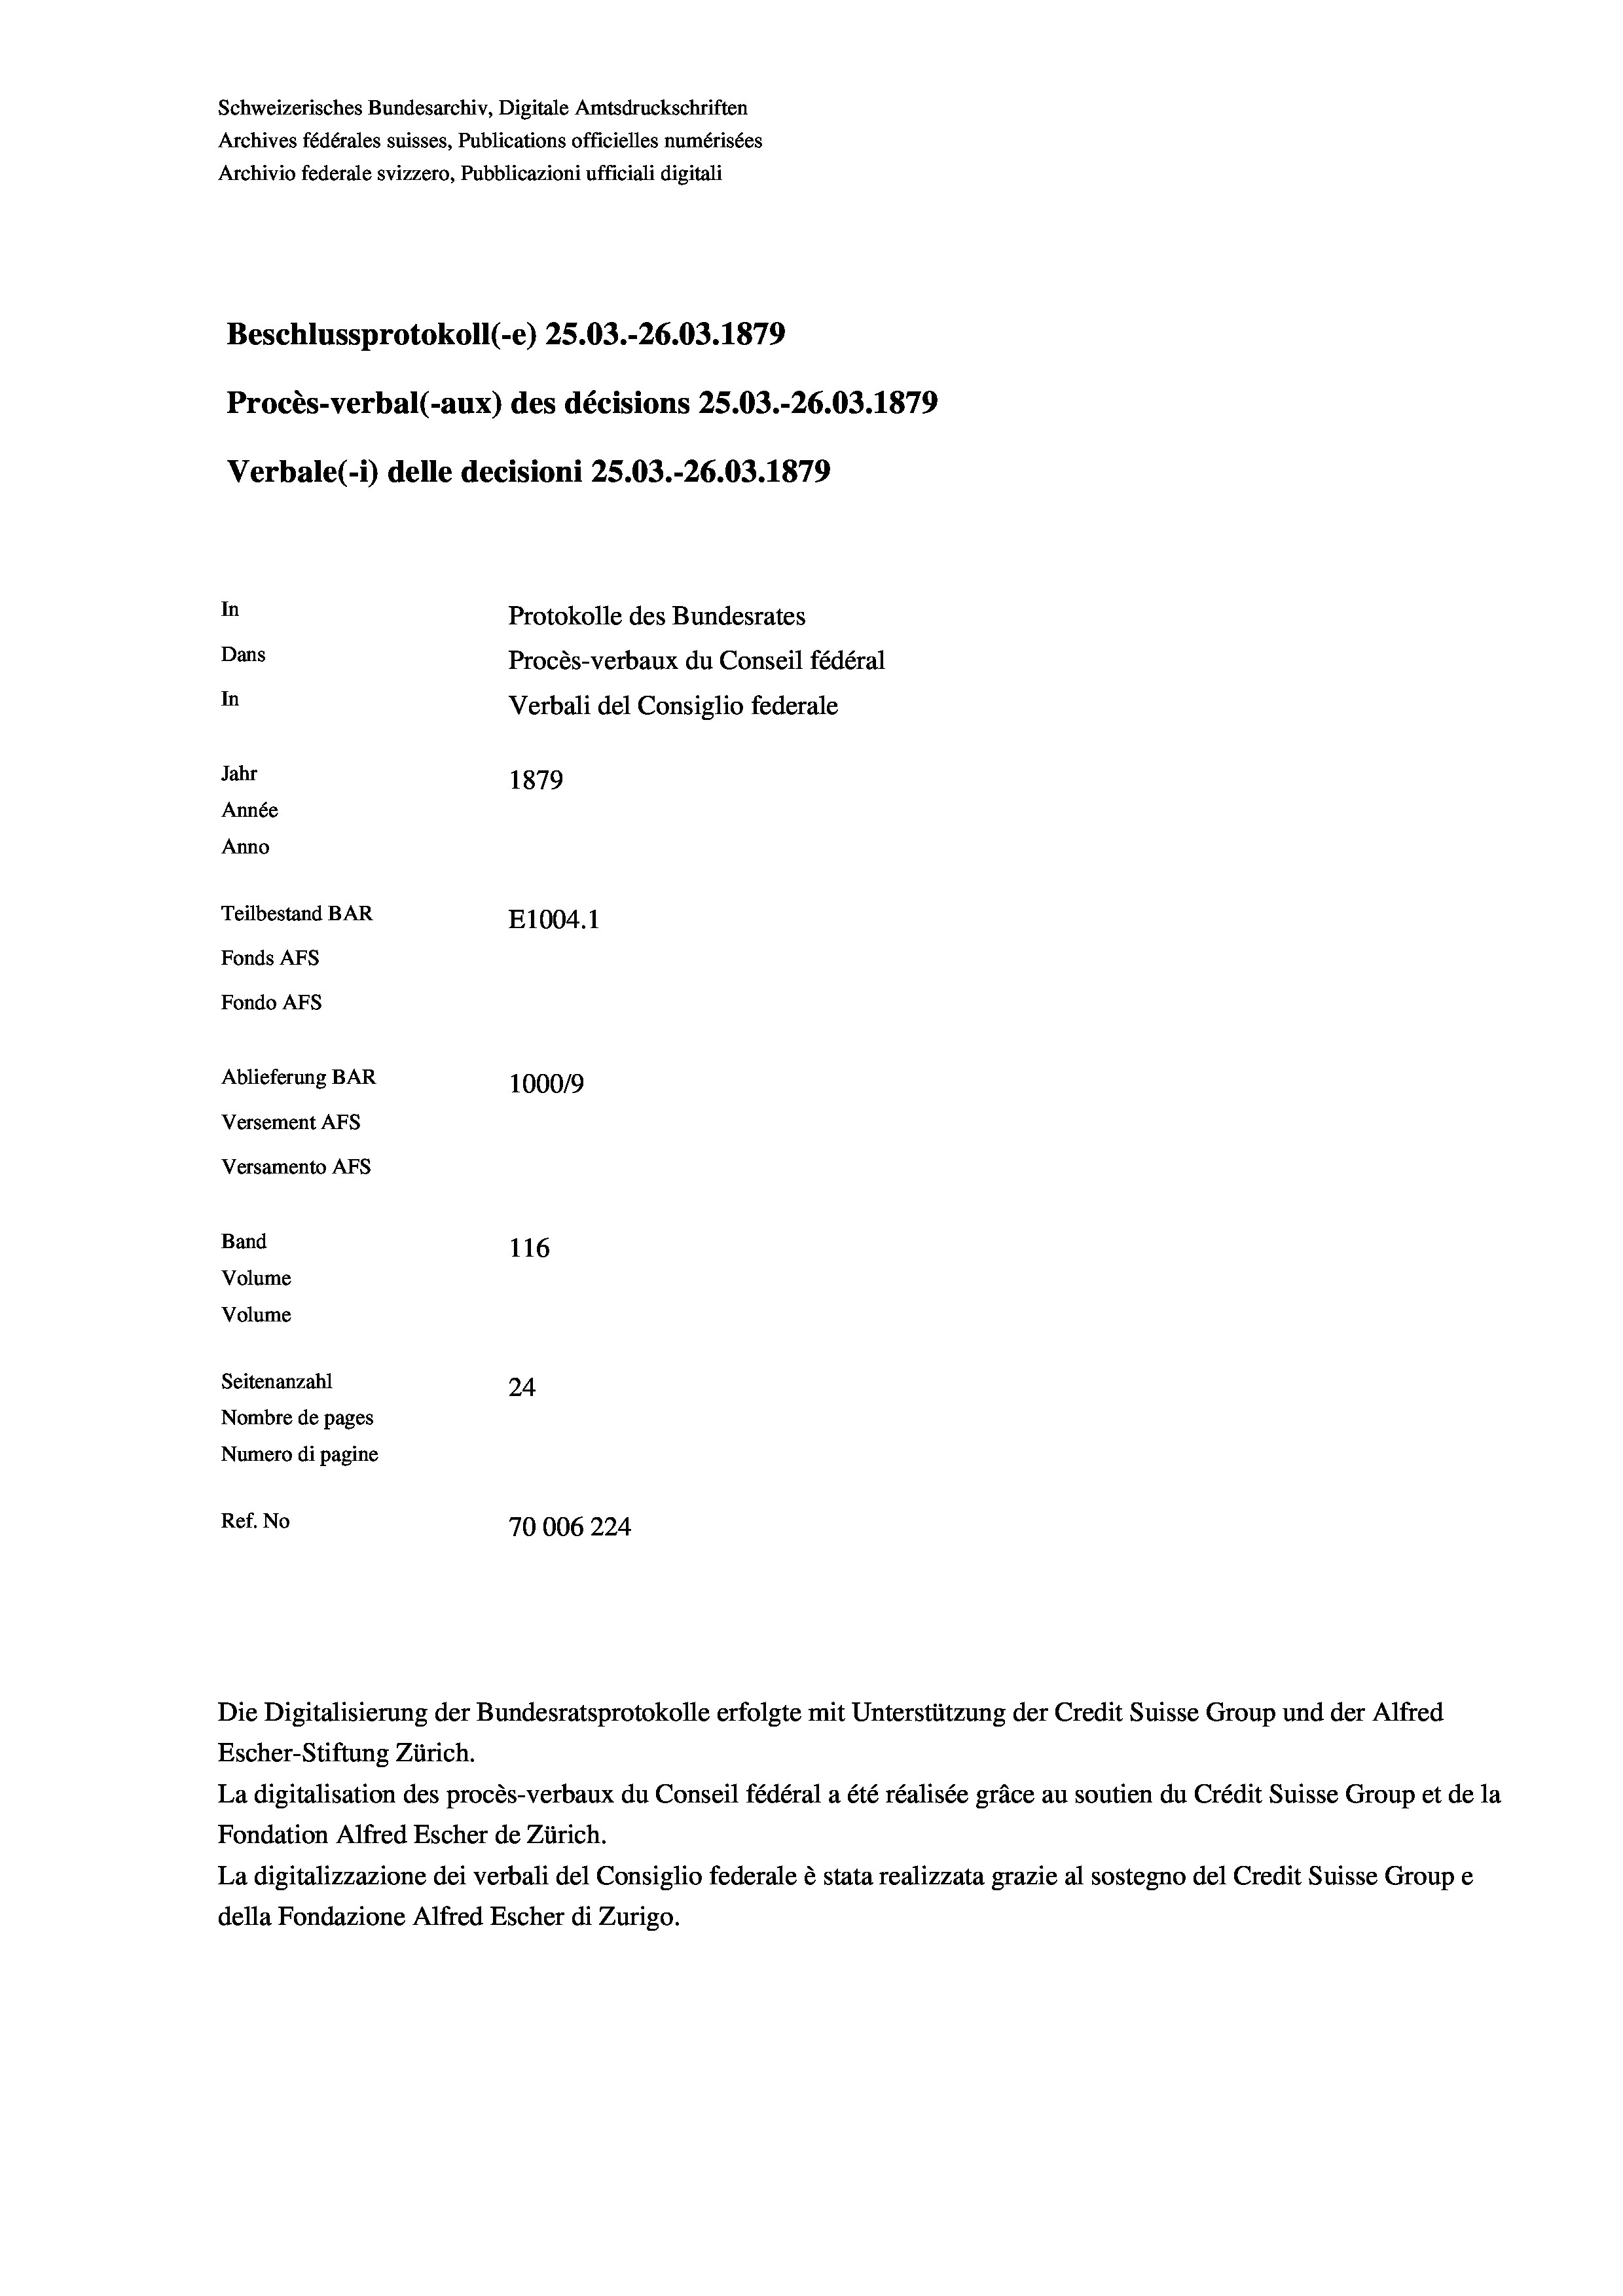
Schweizerisches Bundesarchiv, Digitale Amtsdruckschriften
Archives fédérales suisses, Publications officielles numérisées
Archivio federale svizzero, Pubblicazioni ufficiali digitali
Beschlussprotokoll (-e) 25.03.-26.03. 1879
Procès-verbal (-aux) des décisions 25.03.-26.03. 1879
Verbale(*) delle decisioni 25.03.-26.03. 1879
In
Protokolle des Bundesrates
Dans
Procès-verbaux du Conseil fédéral
In
Verbali del Consiglio federale
Jahr
1879
Année
Anno
Teilbestand BAR
E1004.1
Fonds AFs
Fondo AFS
Ablieferung BAR
100019
Versement AFs
Versamento AFs

Band
Volume

116
Volume
Seitenanzahl
24
Nombre de pages
Numero di pagine
Ref. No
70006224

Die Digitalisierung der Bundesratsprotokolle erfolgte mit Unterstützung der Credit Suisse Group und der Alfred
Escher-Stiftung Zürich.
La digitalisation des procès-verbaux du Conseil fédéral a été réalisée gräce au soutien du Crédit Suisse Group et de la
Fondation Alfred Escher de Zürich.
La digitalizzazione dei verbali del Consiglio federale è stata realizzata grazie al sostegno del Credit Suisse Groupe
della Fondazione Alfred Escher di Zurigo.